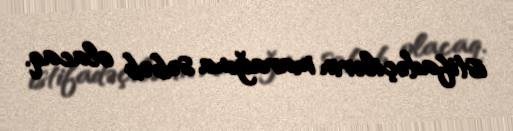
istifadəçilərin marağına səbəb olacaq.